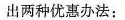
出两种优惠办法：